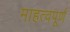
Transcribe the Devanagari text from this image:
माहत्वपूर्ण